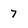
Character: 7